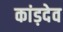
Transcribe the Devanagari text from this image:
कांड़देव